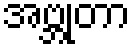
အဗ္ဘုတာ